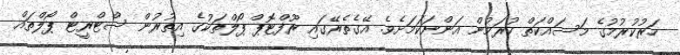
ހަރުކުރުމުގެ މަސައްކަތް ކުރަމުން އަންނަކަމަށެވެ. އޭގެތެރޭގައި ރޫފްޓޮޕް ޕޯލްތަކުގެ އިތުރުން ސްޓްރީޓް ޕޯލްތައް